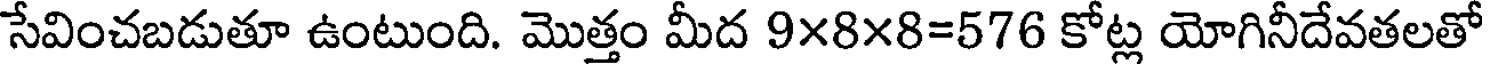
సేవించబడుతూ ఉంటుంది. మొత్తం మీద 9x8x8=576 కోట్ల యోగినీదేవతలతో